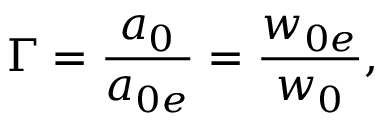
\Gamma = \frac { a _ { 0 } } { a _ { 0 e } } = \frac { w _ { 0 e } } { w _ { 0 } } ,